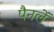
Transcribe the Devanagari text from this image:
पैनलें